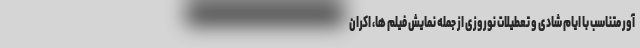
آور متناسب با ایام شادی و تعطیلات نوروزی از جمله نمایش فیلم ها، اکران